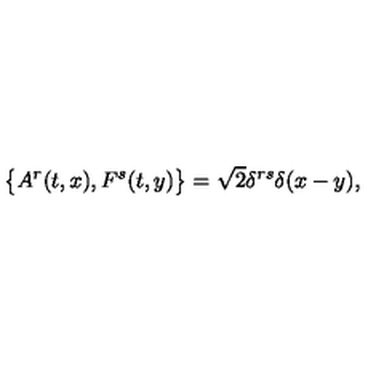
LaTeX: \big \{ A ^ { r } ( t , x ) , F ^ { s } ( t , y ) \big \} = \sqrt 2 \delta ^ { r s } \delta ( x - y ) ,